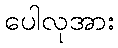
ပေါလုအား